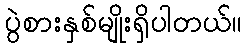
ပွဲစားနှစ်မျိုးရှိပါတယ်။